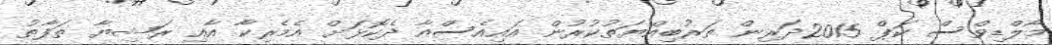
މޯލްޑިވްސް ކަޕް 2015ދަރިން ތަރުބިއްޔަތުކުރުން އައިއެސްއާ ދެކޮޅަށް އެމެރިކާ އާއި ރަޝިޔާ ތަފާތު